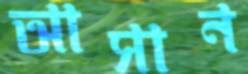
আসান